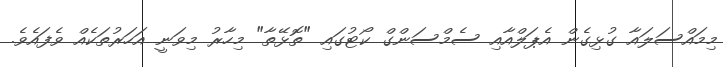
މިމައްސަލައާ ގުޅިގެން އެޕަލްއާއި ސެމްސަންގް ކޯޓުގައި "ތޮޅޭތާ" މިހާރު މިވަނީ އަހަރުތަކެއް ވެފައެވެ.